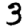
Digit: 3